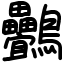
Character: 䴑